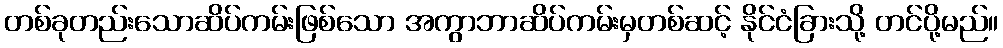
တစ်ခုတည်းသောဆိပ်ကမ်းဖြစ်သော အကွာဘာဆိပ်ကမ်းမှတစ်ဆင့် နိုင်ငံခြားသို့ တင်ပို့မည်။